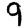
Digit: 9